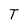
Character: T